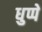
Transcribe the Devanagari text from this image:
धुप्पे